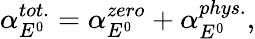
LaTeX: \alpha_{E^{0}}^{tot.}=\alpha_{E^{0}}^{zero}+\alpha_{E^{0}}^{phys.},